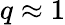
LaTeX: q\approx 1